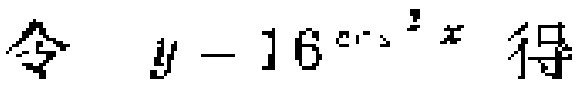
令 \(y = 16^{\cos^{2}x}\) 得